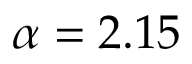
\alpha = 2 . 1 5